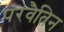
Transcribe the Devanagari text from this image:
परवैतिन